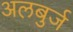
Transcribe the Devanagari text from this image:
अलबुर्ज